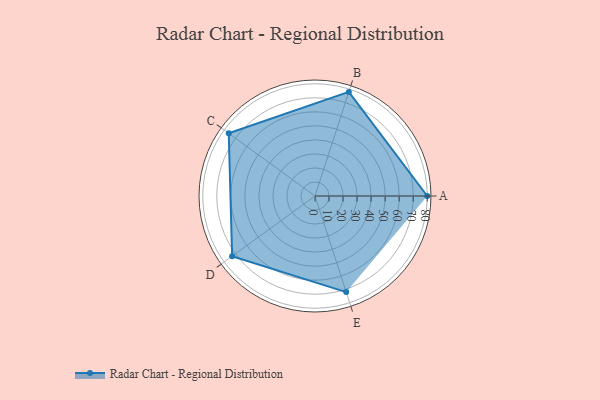
{"axis": {"x": "Skill", "y": "Score"}, "legend": ["Profile"], "data": [{"x": "A", "y": 80.0, "type": "Profile"}, {"x": "B", "y": 78.0, "type": "Profile"}, {"x": "C", "y": 76.0, "type": "Profile"}, {"x": "D", "y": 73.0, "type": "Profile"}, {"x": "E", "y": 72.0, "type": "Profile"}]}